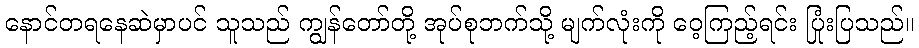
နောင်တရနေဆဲမှာပင် သူသည် ကျွန်တော်တို့ အုပ်စုဘက်သို့ မျက်လုံးကို ဝေ့ကြည့်ရင်း ပြုံးပြသည်။